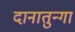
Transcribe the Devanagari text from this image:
दानातुन्गा